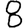
Digit: 8